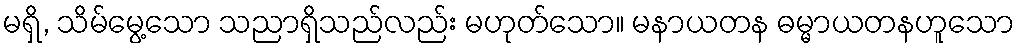
မရှိ, သိမ်မွေ့သော သညာရှိသည်လည်း မဟုတ်သော။ မနာယတန ဓမ္မာယတနဟူသော